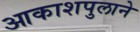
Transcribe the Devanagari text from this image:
आकाशपुलाने